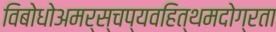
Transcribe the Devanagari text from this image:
विबोधोअमर्स्चप्यवहित्थमदोग्रता